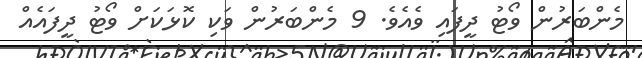
މެންބަރުން ވޯޓު ދީފައި ވެއެވެ. 9 މެންބަރުން ވަކި ކޮޅަކަށް ވޯޓު ދީފައެއް